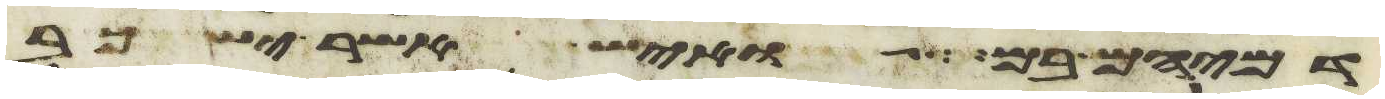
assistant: דמיהם בם ואיש אשר ישכב